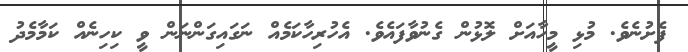
ފެށުނެވެ. މުޅި މީހާއަށް ލޮޅުން ގެނުވާފައެވެ. އެހުރިހާކަމެއް ނަގައިގަންނަން ވީ ކިހިނެއް ކަމާމެދު